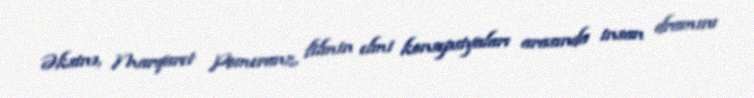
Əksinə, Marqaret Pomeranz, filmin elmi konsepsiyaları arasında insan dramını